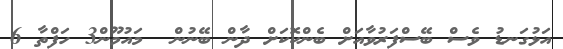
އަޅުގަނޑު ވެސް ބޭސްފަރުވާއަށް ބެންކޮކަށް ދާން ބޭނުން  މައުމޫން3 ހަފްތާ 6